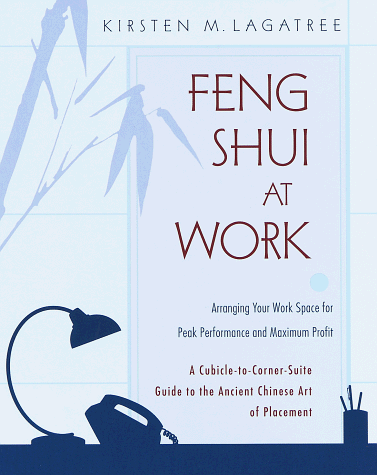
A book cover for Feng Shui at Work : Arranging Your Work Space to Achieve Peak Performance and Maximum Profit; Kirsten Lagatree; Business & Money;